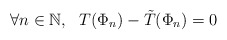
\begin{align*}\forall n \in \mathbb{N},\ \ T(\Phi_n) - \tilde{T}(\Phi_n) = 0\end{align*}